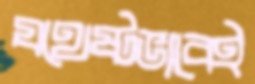
যথেষ্টভাবেই